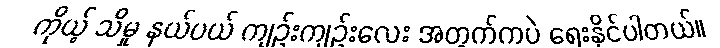
ကိုယ့် သိမှု နယ်ပယ် ကျဉ်းကျဉ်းလေး အတွက်ကပဲ ရေးနိုင်ပါတယ်။